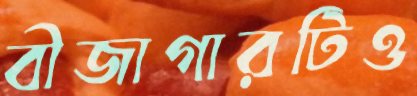
বীজাগারটিও